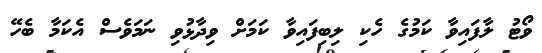
ވޯޓު ލާފައިވާ ކަމުގެ ހެކި ލިބިފައިވާ ކަމަށް ވިދާޅުވި ނަމަވެސް އެކަމާ ބެހޭ